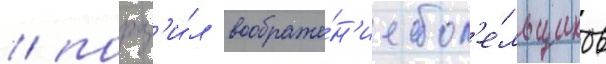
/ пораз'и́л воображе́н'ие бол'е́льщиков